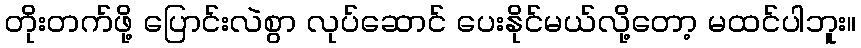
တိုးတက်ဖို့ ပြောင်းလဲစွာ လုပ်ဆောင် ပေးနိုင်မယ်လို့တော့ မထင်ပါဘူး။